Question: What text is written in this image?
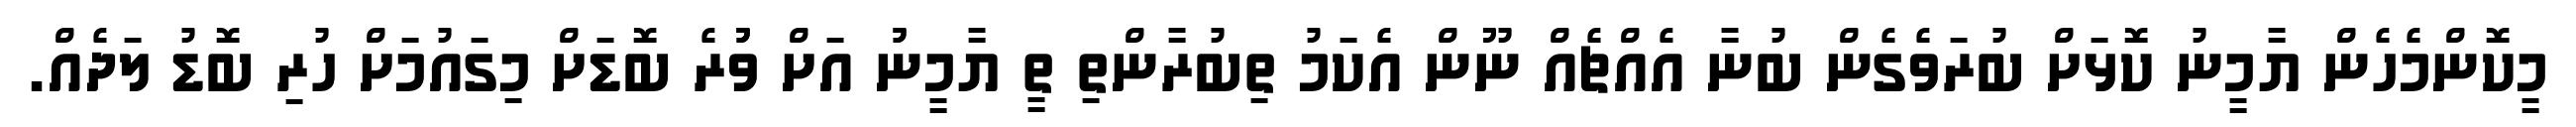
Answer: މީކޮންމެހެން ޔާމީނު ކޮޅަށް ބުރަވެގެން ބުނާ އެއްޗެއް ނޫން އެކަމު ތިބުރާންތި ތީ ޔާމީނުު އަށް ވުުުރެ ބޮޑަށް މިގައުމަށް ހުރި ބޮޑު ލަދެއް.